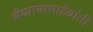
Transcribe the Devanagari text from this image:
भैय्यायासाहेबांनी